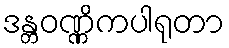
ဒန္တဝဏ္ဏိကပါရုတာ